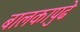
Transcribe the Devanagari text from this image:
बालकापुढे